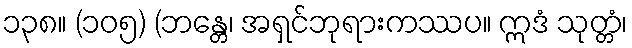
၁၃၈။ (၁၀၅) (ဘန္တေ၊ အရှင်ဘုရားကဿပ။ ဣဒံ သုတ္တံ၊